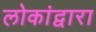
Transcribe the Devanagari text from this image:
लोकांद्वारा